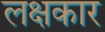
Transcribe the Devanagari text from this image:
लक्षकार